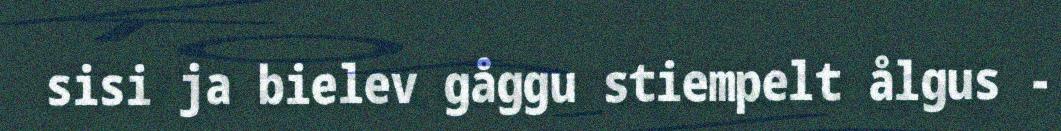
sisi ja bielev gåggu stiempelt ålgus -